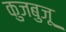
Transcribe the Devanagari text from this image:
कुजबुजू